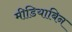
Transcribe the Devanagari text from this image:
मीडियाबिन